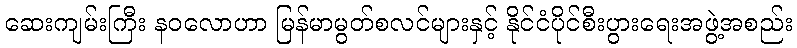
ဆေးကျမ်းကြီး နဝလောဟာ မြန်မာမွတ်စလင်များနှင့် နိုင်ငံပိုင်စီးပွားရေးအဖွဲ့အစည်း